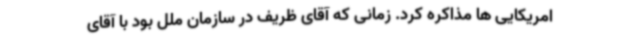
امریکایی ها مذاکره کرد. زمانی که آقای ظریف در سازمان ملل بود با آقای